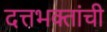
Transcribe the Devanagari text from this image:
दत्तभक्तांची